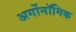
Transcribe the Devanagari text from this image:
अर्गोनॉमिक